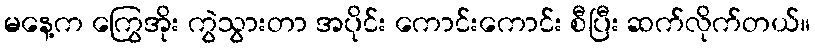
မနေ့က ကြွေအိုး ကွဲသွားတာ အပိုင်း ကောင်းကောင်း စီပြီး ဆက်လိုက်တယ်။